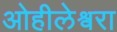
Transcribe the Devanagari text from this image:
ओहीलेश्वरा